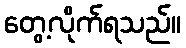
တွေ့လိုက်ရသည်။